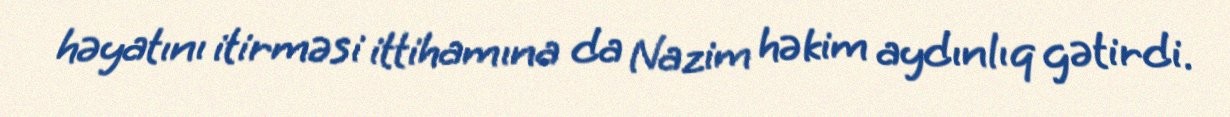
həyatını itirməsi ittihamına da Nazim həkim aydınlıq gətirdi.